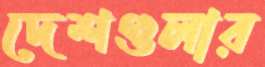
দেশগুলার